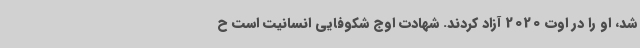
شد، او را در اوت 2020 آزاد کردند. شهادت اوج شکوفایی انسانیت است ح